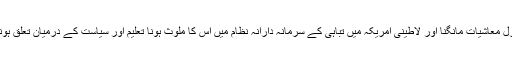
شکاگو سکول کی طرف سے نیو لبرل معاشیات مانگنا اور لاطینی امریکہ میں تباہی کے سرمانہ دارانہ نظام میں اس کا ملوث ہونا تعلیم اور سیاست کے درمیان تعلق ہونے کا شاید مضبوط ترین ثبوت ہے۔